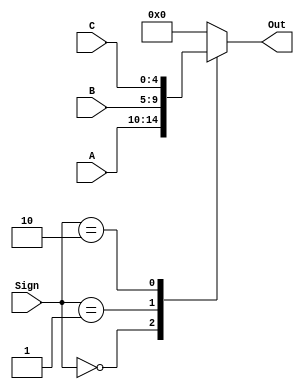
`timescale 1ns / 1ps
//////////////////////////////////////////////////////////////////////////////////
// Company: 
// Engineer: 
// 
// Design Name: 
// Module Name: selector_3to1
// Project Name: 
// Target Devices: 
// Tool Versions: 
// Description: 
// 
// Dependencies: 
// 
// Revision:
// Revision 0.01 - File Created
// Additional Comments:
// 
//////////////////////////////////////////////////////////////////////////////////


module selector_3to1(A, B, C, Sign, Out);
  input [4:0] A, B, C;
  input [1:0] Sign;
  output reg [4:0] Out;
  always @(Sign or A or B or C) begin
    case (Sign)
      2'b00:  Out <= A;
      2'b01:  Out <= B;
      2'b10:  Out <= C;
      default:  Out <= 0;
    endcase
  end
endmodule